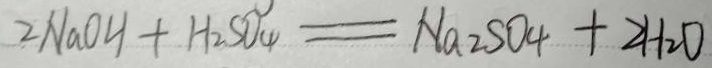
2 N a O H + H _ { 2 } S O _ { 4 } = N a _ { 2 } S O _ { 4 } + 2 H _ { 2 } O